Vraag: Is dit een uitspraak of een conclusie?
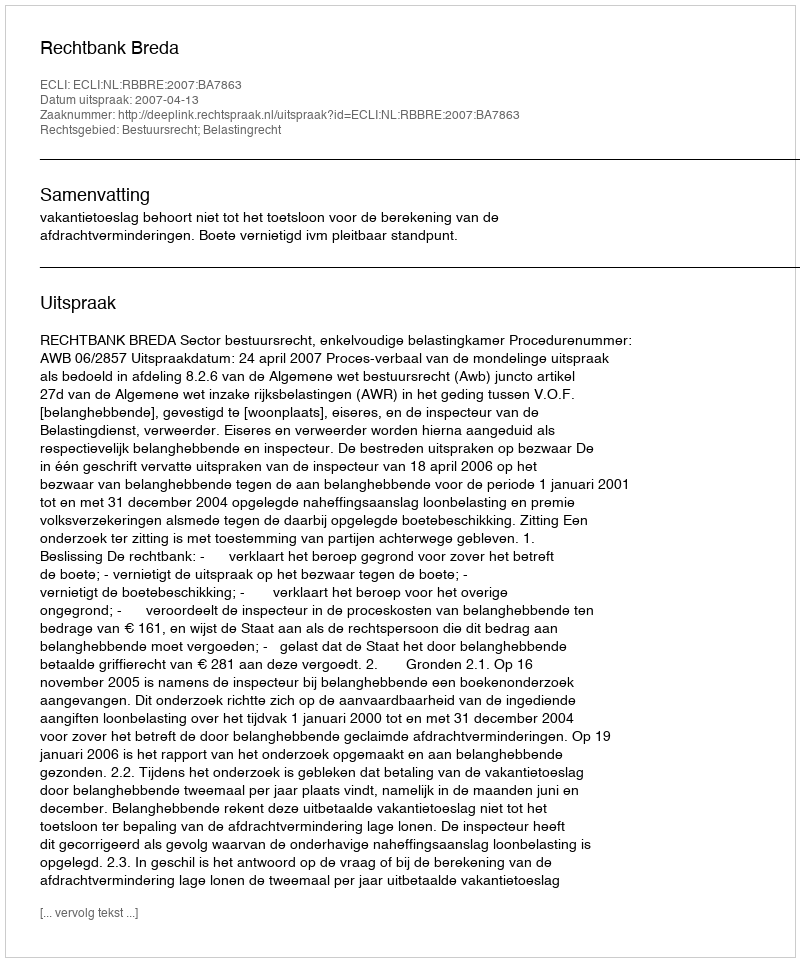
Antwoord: Uitspraak